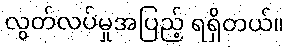
လွတ်လပ်မှုအပြည့် ရရှိတယ်။